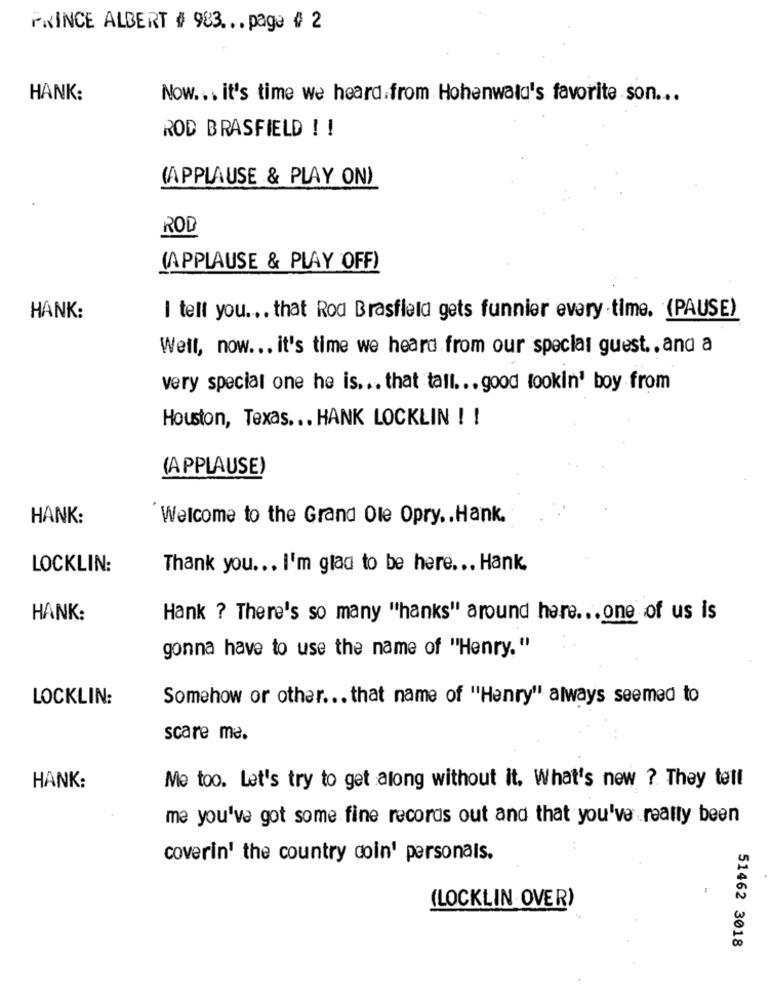
PRINCE ALBERT # 983 ... page # 2
HANK:
Now ... it's time we heard from Hohenwald's favorite son ...
ROD BRASFIELD ! !
(APPLAUSE & PLAY ON)
ROD
(APPLAUSE & PLAY OFF)
HANK:
I tell you ... that Rod Brasflela gets funnier every time. (PAUSE)
Well, now ... it's time we heard from our special guest ., and a
very special one he is ... that tall ... good lookin' boy from
Houston, Texas ... HANK LOCKLIN ! !
(APPLAUSE)
HANK:
Welcome to the Grand Ole Opry .. Hank.
LOCKLIN:
Thank you ... I'm glad to be here ... Hank.
HANK:
Hank ? There's so many "hanks" around here ... one of us is
gonna have to use the name of "Henry."
LOCKLIN:
Somehow or other ... that name of "Henry" always seemed to
scare me.
HANK :
Me too. Let's try to get along without it. What's new ? They tell
me you've got some fine records out and that you've really been
covering the country coin' personals.
(LOCKLIN OVER)
51462 3018